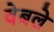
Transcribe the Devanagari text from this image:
वेबले